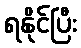
ရနိုင်ပြီး